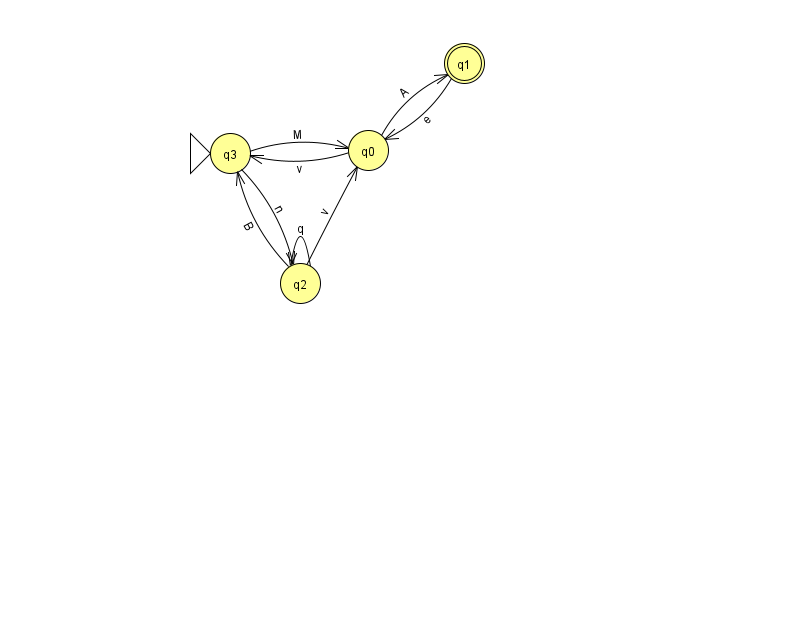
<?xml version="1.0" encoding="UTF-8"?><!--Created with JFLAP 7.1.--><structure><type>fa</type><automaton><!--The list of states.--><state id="0" name="q0"><x>368.0</x><y>137.0</y></state><state id="1" name="q1"><x>464.0</x><y>50.0</y><final/></state><state id="2" name="q2"><x>300.0</x><y>270.0</y></state><state id="3" name="q3"><x>230.0</x><y>140.0</y><initial/></state><!--The list of transitions.--><transition><from>2</from><to>0</to><read>v</read></transition><transition><from>2</from><to>2</to><read>q</read></transition><transition><from>3</from><to>2</to><read>n</read></transition><transition><from>3</from><to>0</to><read>M</read></transition><transition><from>0</from><to>1</to><read>A</read></transition><transition><from>0</from><to>3</to><read>v</read></transition><transition><from>2</from><to>3</to><read>B</read></transition><transition><from>1</from><to>0</to><read>e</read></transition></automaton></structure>